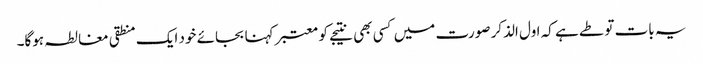
یہ بات تو طے ہے کہ اول الذکر صورت میں کسی بھی نتیجے کو معتبر کہنا بجائے خود ایک منطقی مغالطہ ہوگا۔